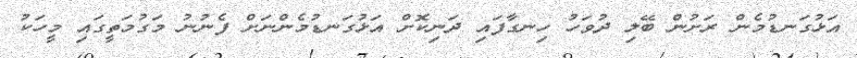
އަޅުގަނޑުމެން ރަށުން ބޭލި ދުވަހު ހިނގާފައި ދަނިކޮށް އަޅުގަނޑުމެންނަށް ފެނުނު މަގުމަތީގައި މީހަކު